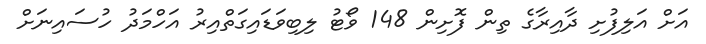
އަށް އަލިފުށި ދާއިރާގެ ތިން ފޮށިން 148 ވޯޓު ލިބިވަޑައިގަތްއިރު އަހްމަދު ހުސައިނަށް